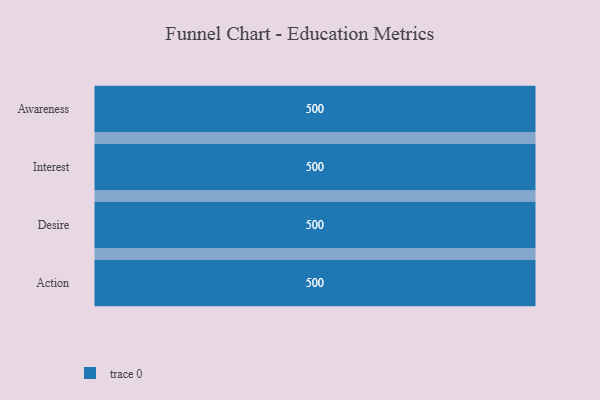
{"axis": {"x": "Stage", "y": "Value"}, "legend": [""], "data": [{"x": "Awareness", "y": 500, "type": ""}, {"x": "Interest", "y": 500, "type": ""}, {"x": "Desire", "y": 500, "type": ""}, {"x": "Action", "y": 500, "type": ""}]}